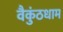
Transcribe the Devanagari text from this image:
वैकुंठधाम